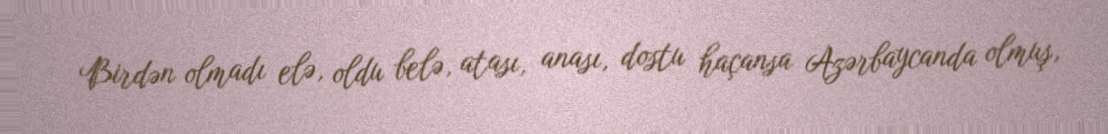
Birdən olmadı elə, oldu belə, atası, anası, dostu haçansa Azərbaycanda olmuş,